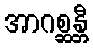
အာဂစ္ဆန္တီ